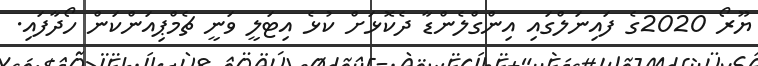
ޔޫރޯ 2020ގެ ފައިނަލްގައި އިންގްލެންޑާ ދެކޮޅަށް ކުޅެ އިޓަލީ ވަނީ ޗެމްޕިއަންކަން ހޯދާފައި.